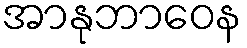
အာနုဘာဝေန